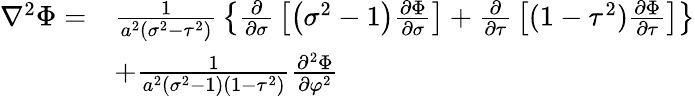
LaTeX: {\begin{array}{rl}{\nabla^{2}\Phi=}&{{\frac{1}{a^{2}(\sigma^{2}-\tau^{2})}}\left\{ {\frac{\partial}{\partial\sigma}}\left[\left(\sigma^{2}-1\right){\frac{\partial\Phi}{\partial\sigma}}\right]+{\frac{\partial}{\partial\tau}}\left[(1-\tau^{2}){\frac{\partial\Phi}{\partial\tau}}\right]\right\} }\\ &{+{\frac{1}{a^{2}(\sigma^{2}-1)(1-\tau^{2})}}{\frac{\partial^{2}\Phi}{\partial\varphi^{2}}}}\end{array}}